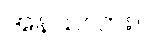
အန်သလား။